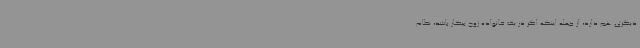
دیگری هم دارد، از جمله اینکه اگر در یک خانواده زوج بیکار باشد، نظام